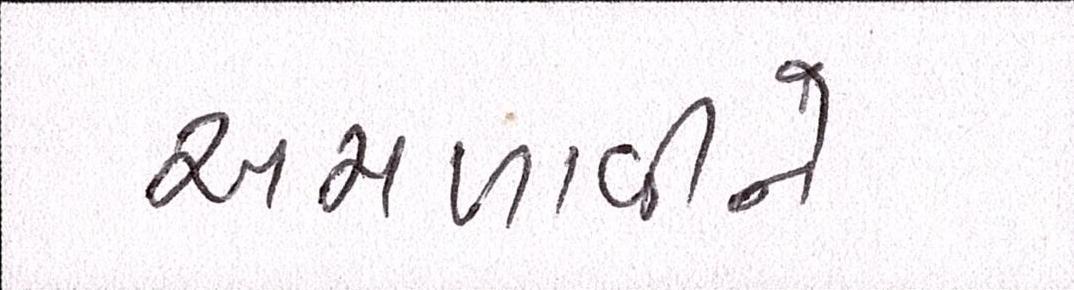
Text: અમળાવીને